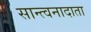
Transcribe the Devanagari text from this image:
सान्त्वनादाता